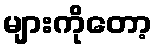
များကိုတော့